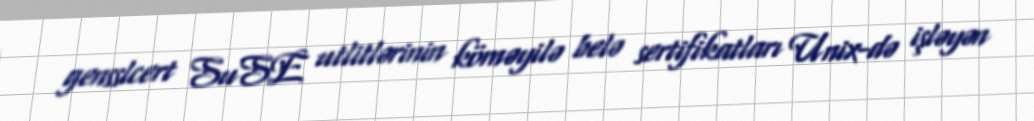
gensslcert SuSE utlitlərinin köməyilə belə sertifikatları Unix-də işləyən